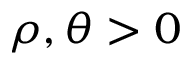
\rho , \theta > 0